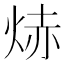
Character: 焃